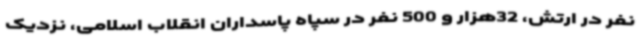
نفر در ارتش، 32هزار و 500 نفر در سپاه پاسداران انقلاب اسلامی، نزدیک